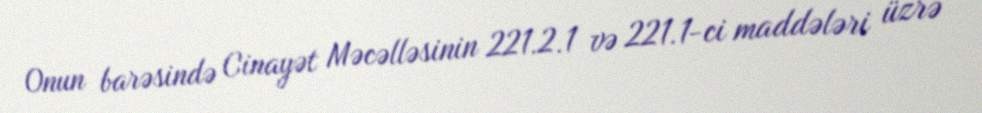
Onun barəsində Cinayət Məcəlləsinin 221.2.1 və 221.1-ci maddələri üzrə